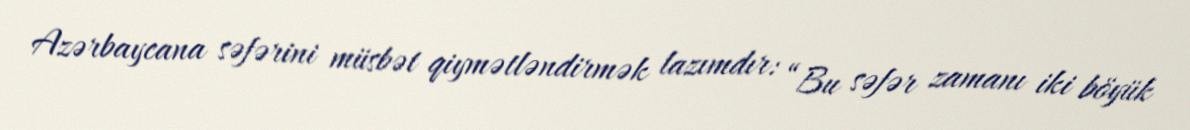
Azərbaycana səfərini müsbət qiymətləndirmək lazımdır: “Bu səfər zamanı iki böyük